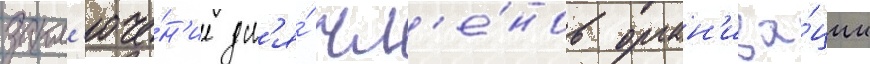
закл'юче́н'ие дл'я́ чл'е́нов орган'иза́ции